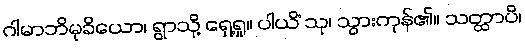
ဂါမာဘိမုခိယော၊ ရွာသို့ ရှေ့ရှု။ ပါယိံ သု၊ သွားကုန်၏။ သတ္ထာပိ၊